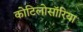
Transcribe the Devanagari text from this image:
कोटिलोसॉरिया